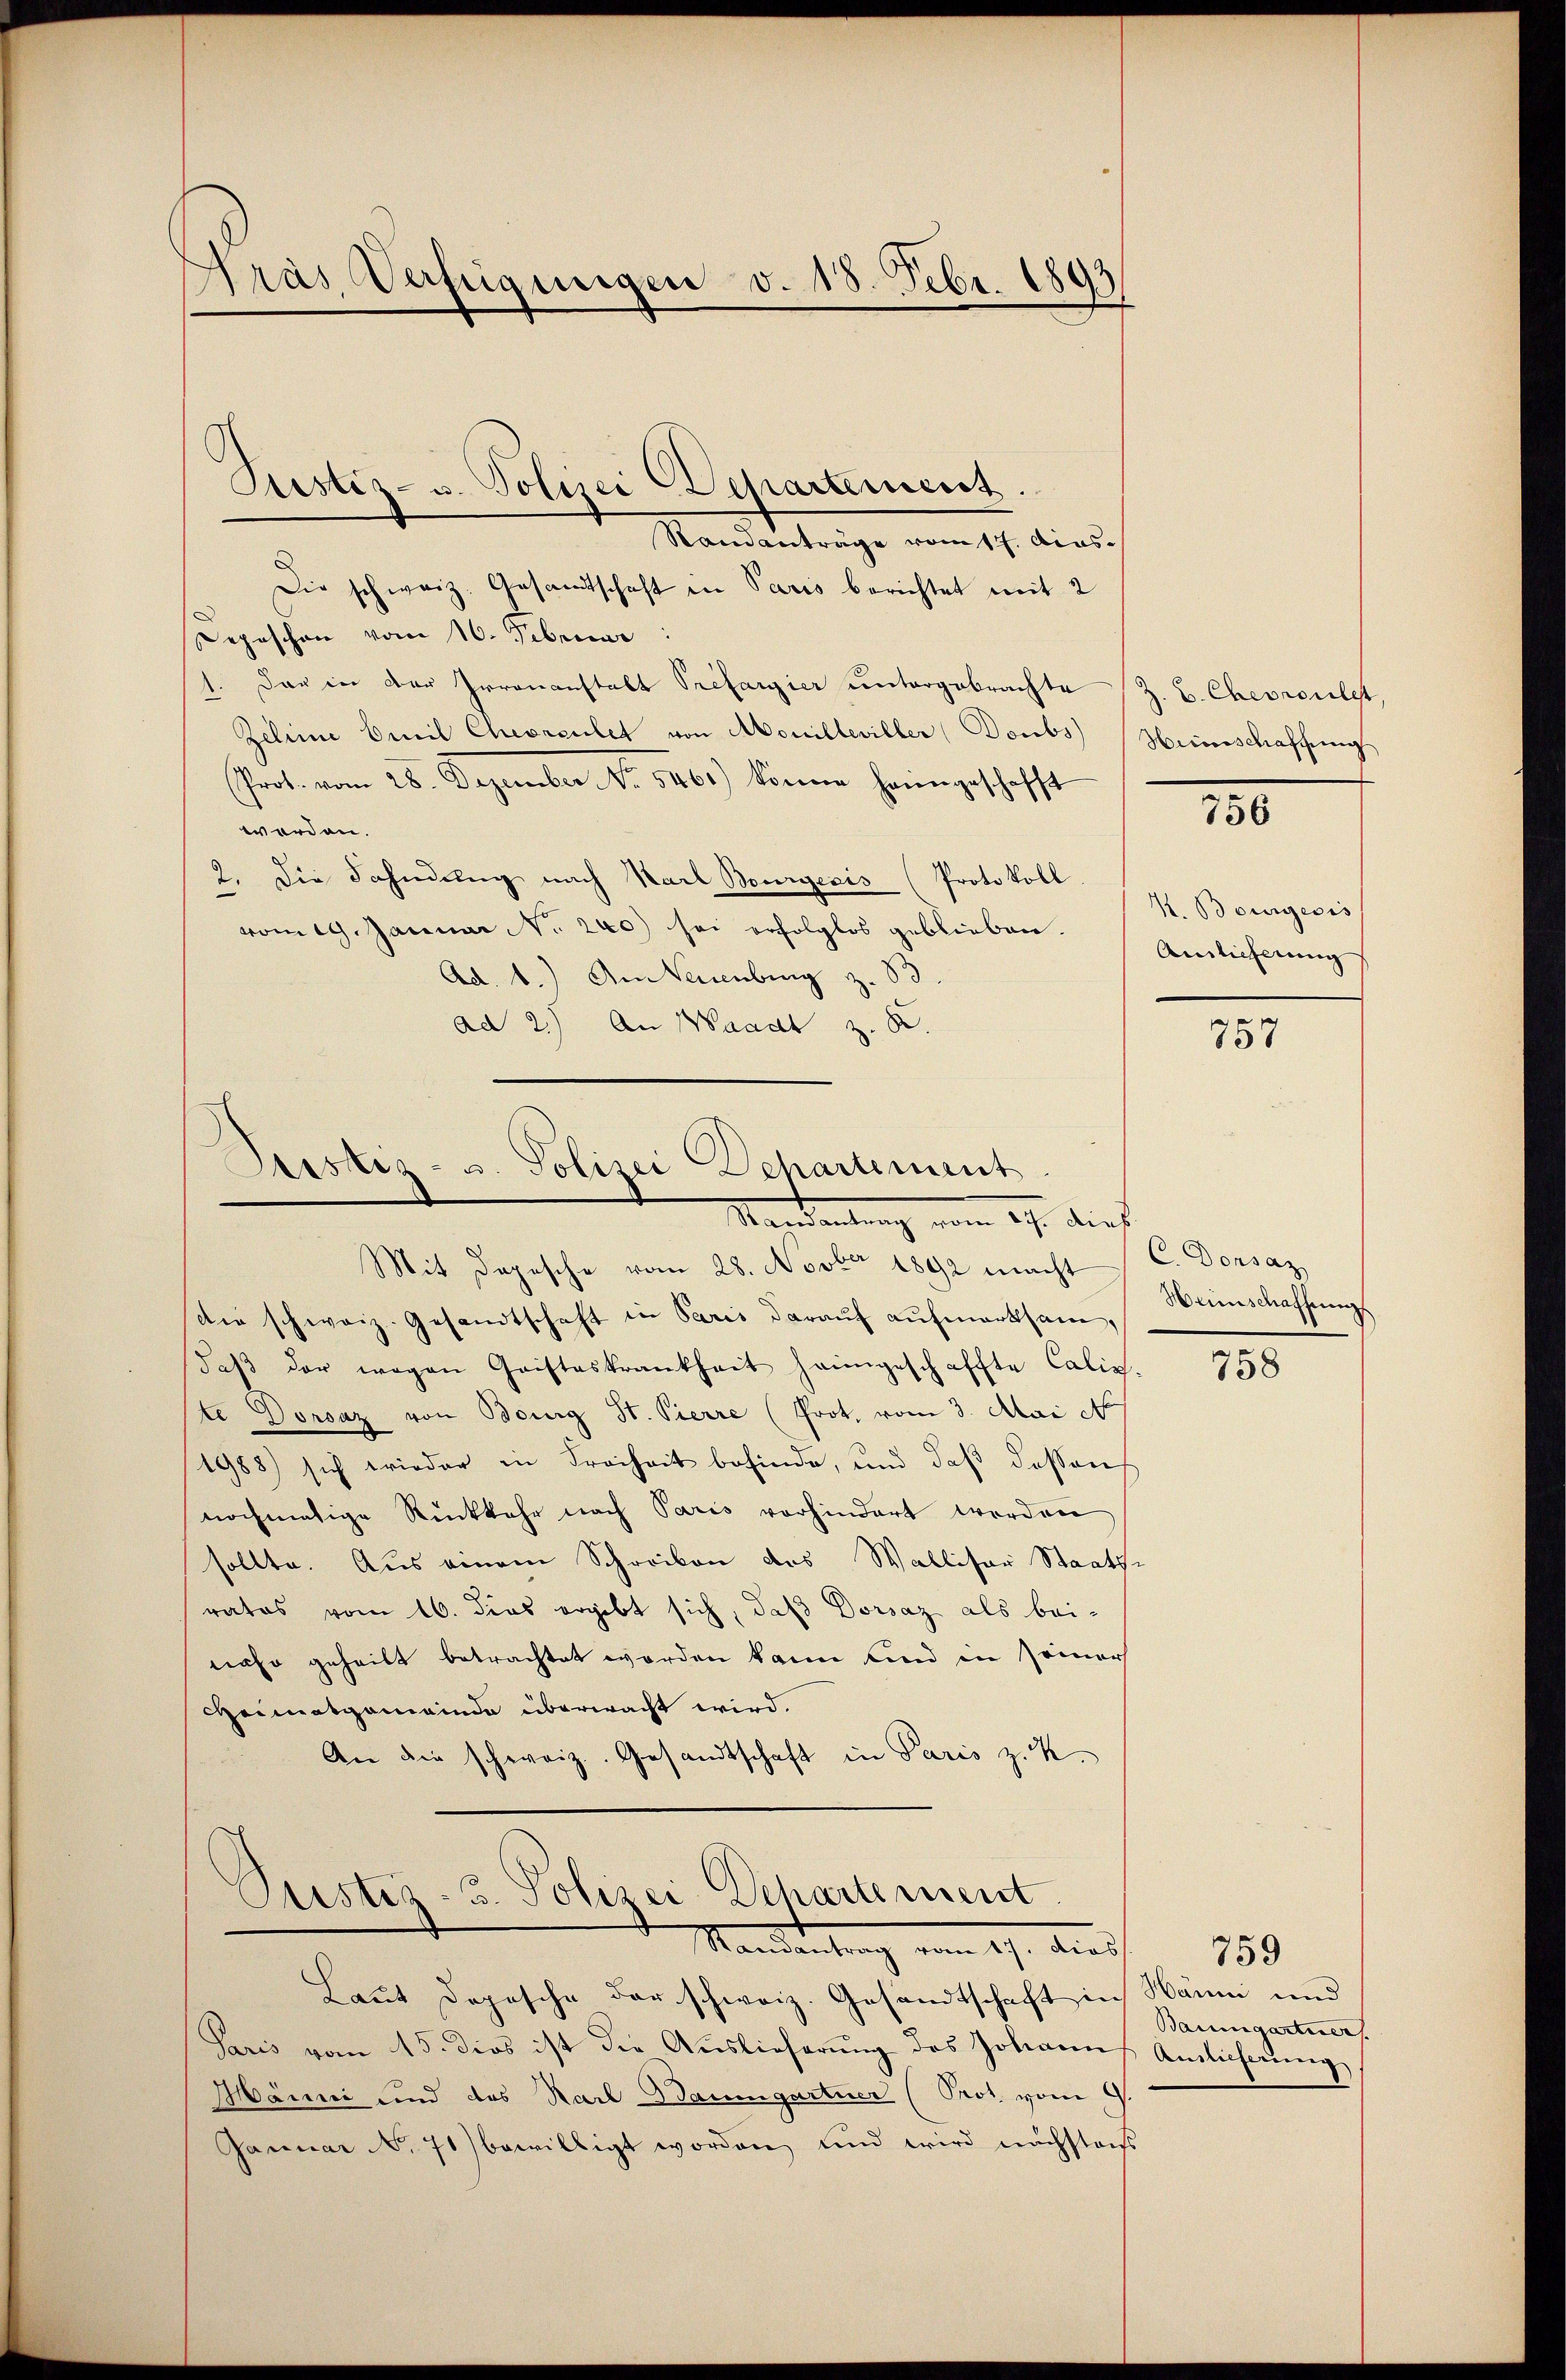
Pras Verfügungen v. 18. Febr. 1893

Randanträge vom 17. dies
Die schweiz. Gesandtschaft in Paris berichtet mit 2
Depeschen vom 16. Februar
1. Das in der Irrenanstalt Prefargier untergebrachte
Zelinie beeil Chevreutet von Monilleviller (Doubs
(Prot. vom 28. Dezember No. 5461) könne heimgeschafft
werden.
2. Die Fahndŭng nach Karl Bourgesis (Protokoll.
vom 19. Januar No. 240) sei erfolglos geblieben.
Ad b.) Am Neuenburg z. 83.
ad 2.) An Waadt z.

Justiz- u. Polizei Departement

Justiz- u. Polizei Departement
Mandantung vom 27. dieß
Mit Depesche vom 28. Novber 1892 macht

die schweiz. Gesandtschaft in Paris darauf aufmerksam,
daβ der wegen Gristeskrankheit heimgeschaffte Calix-
ste Dorsaz von Bourg St. Pierre (Prot, vom 3. Mai att
1988) sich wieder in Freiheit befinde, und daß dessens
nochmalige Rückkehr nach Paris vorhindert werden
sollte. Aus einem Schreiben des Walliser Staatsrates vom 16. dies ergibt sich, daß Dorsaz als bei-
nahe geheilt betrachtet worden kann und in seiner
Heimatgemeinde überwacht wird.
An die schweiz. Gesandtschaft in Paris z. K.

Justiz- u. Polizei Departement
Mandertung vom 19. dies
Laut Dopesche der schweiz. Gesandtschaft in Hänni und

Saris vom 15. dies ist die Auslieferung des Johanns Amlicherung
Männi und das Karl Baumgartner (Prot vom 9.
Januar No 71) bewilligt worden, und wird nächstens

Z. B. Chevroule
Hirnschaffung

756

H. Bourgeris
Ainlicherung

757

C. Dorsaz
Heinschaffung

758

759
Baumgartiner